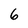
Character: 6